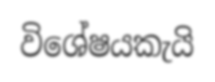
විශේෂයකැයි